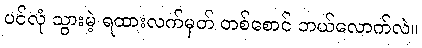
ပင်လုံ သွားမဲ့ ရထားလက်မှတ် တစ်စောင် ဘယ်လောက်လဲ။